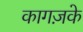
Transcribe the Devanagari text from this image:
कागज़के